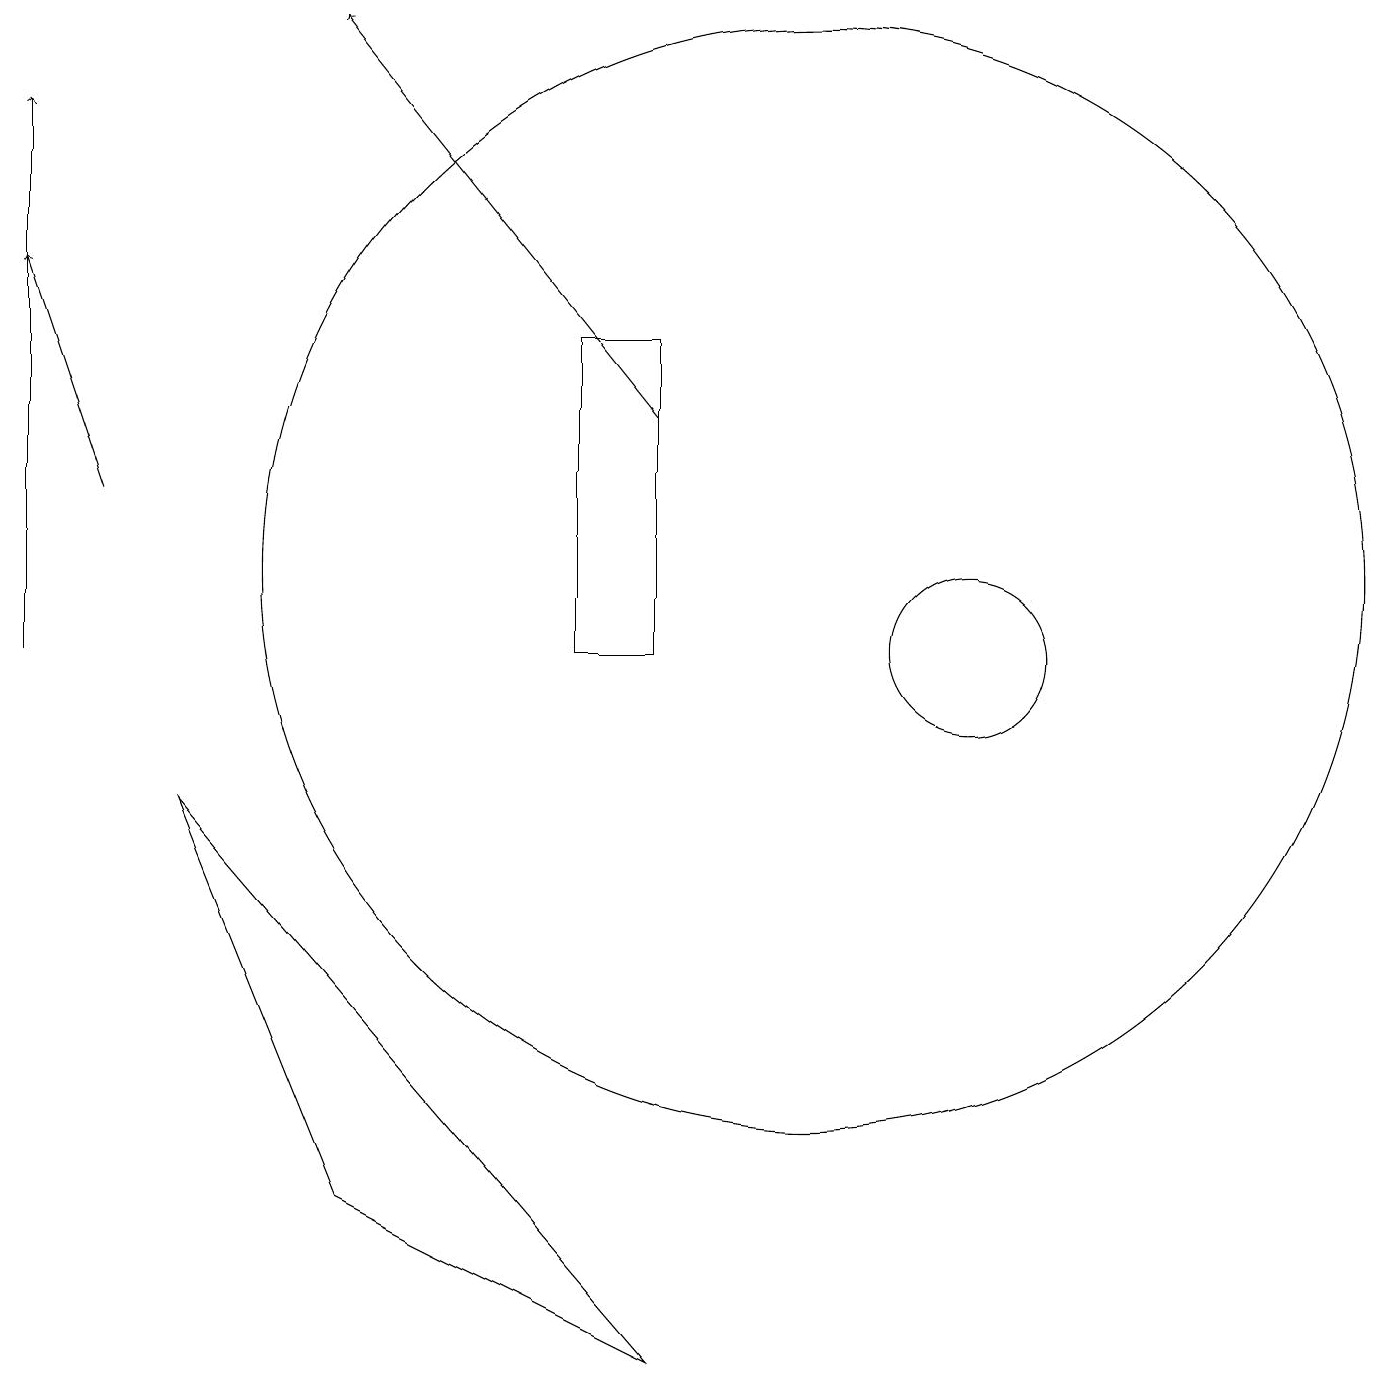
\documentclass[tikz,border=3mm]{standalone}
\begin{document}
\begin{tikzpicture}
\draw (10,11) circle (7);
\draw[->] (0,10) -- (0,17);
\draw[->] (1,12) -- (0,15);
\draw (12,10) circle (1);
\draw (2,8) -- (8,1) -- (4,3) -- cycle;
\draw (8,14) rectangle (7,10);
\draw[->] (8,13) -- (4,18);
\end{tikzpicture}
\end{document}